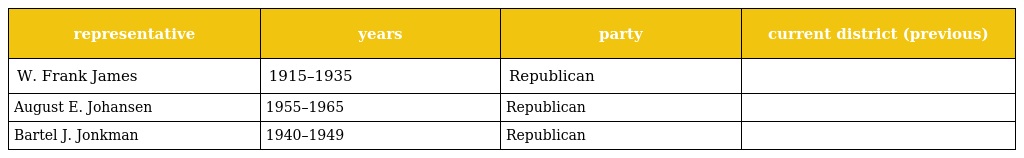
| representative | years | party | current district (previous) |
 | --- | --- | --- | --- |
 | W. Frank James | 1915–1935 | Republican |  |
 | August E. Johansen | 1955–1965 | Republican |  |
 | Bartel J. Jonkman | 1940–1949 | Republican |  |